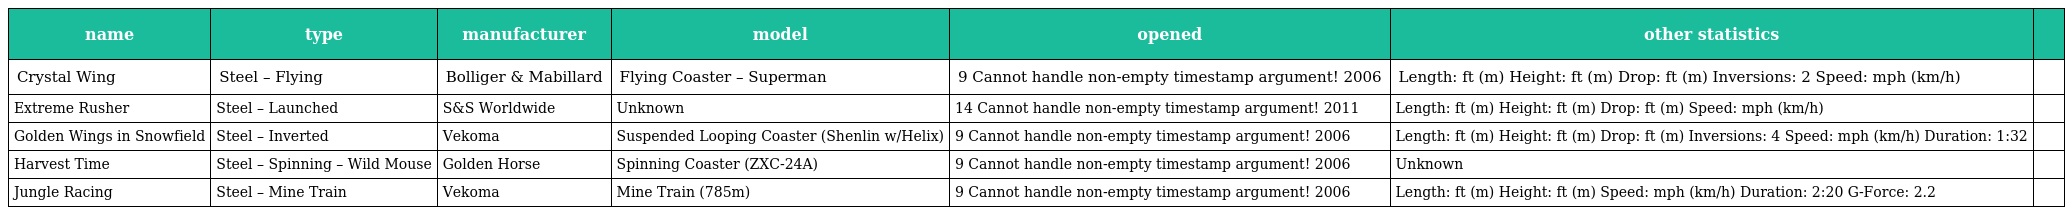
| name | type | manufacturer | model | opened | other statistics |  |
 | --- | --- | --- | --- | --- | --- | --- |
 | Crystal Wing | Steel – Flying | Bolliger & Mabillard | Flying Coaster – Superman | 9 Cannot handle non-empty timestamp argument! 2006 | Length: ft (m) Height: ft (m) Drop: ft (m) Inversions: 2 Speed: mph (km/h) |  |
 | Extreme Rusher | Steel – Launched | S&S Worldwide | Unknown | 14 Cannot handle non-empty timestamp argument! 2011 | Length: ft (m) Height: ft (m) Drop: ft (m) Speed: mph (km/h) |  |
 | Golden Wings in Snowfield | Steel – Inverted | Vekoma | Suspended Looping Coaster (Shenlin w/Helix) | 9 Cannot handle non-empty timestamp argument! 2006 | Length: ft (m) Height: ft (m) Drop: ft (m) Inversions: 4 Speed: mph (km/h) Duration: 1:32 |  |
 | Harvest Time | Steel – Spinning – Wild Mouse | Golden Horse | Spinning Coaster (ZXC-24A) | 9 Cannot handle non-empty timestamp argument! 2006 | Unknown |  |
 | Jungle Racing | Steel – Mine Train | Vekoma | Mine Train (785m) | 9 Cannot handle non-empty timestamp argument! 2006 | Length: ft (m) Height: ft (m) Speed: mph (km/h) Duration: 2:20 G-Force: 2.2 |  |